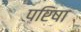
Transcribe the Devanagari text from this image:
परिषा